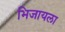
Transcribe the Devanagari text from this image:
भिजायला